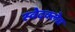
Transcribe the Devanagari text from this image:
स्वेदक्लेद्य